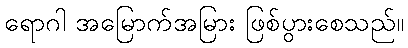
ရောဂါ အမြောက်အမြား ဖြစ်ပွားစေသည်။